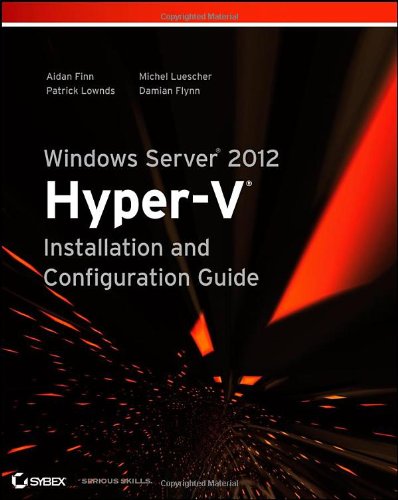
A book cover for Windows Server 2012 Hyper-V Installation and Configuration Guide; Aidan Finn; Computers & Technology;